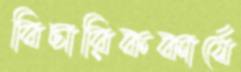
বিচারিককার্যে